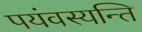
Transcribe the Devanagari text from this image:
पयंवस्यन्ति